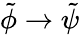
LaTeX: \tilde{\phi}\to\tilde{\psi}